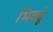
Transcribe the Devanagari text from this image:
भिववूं